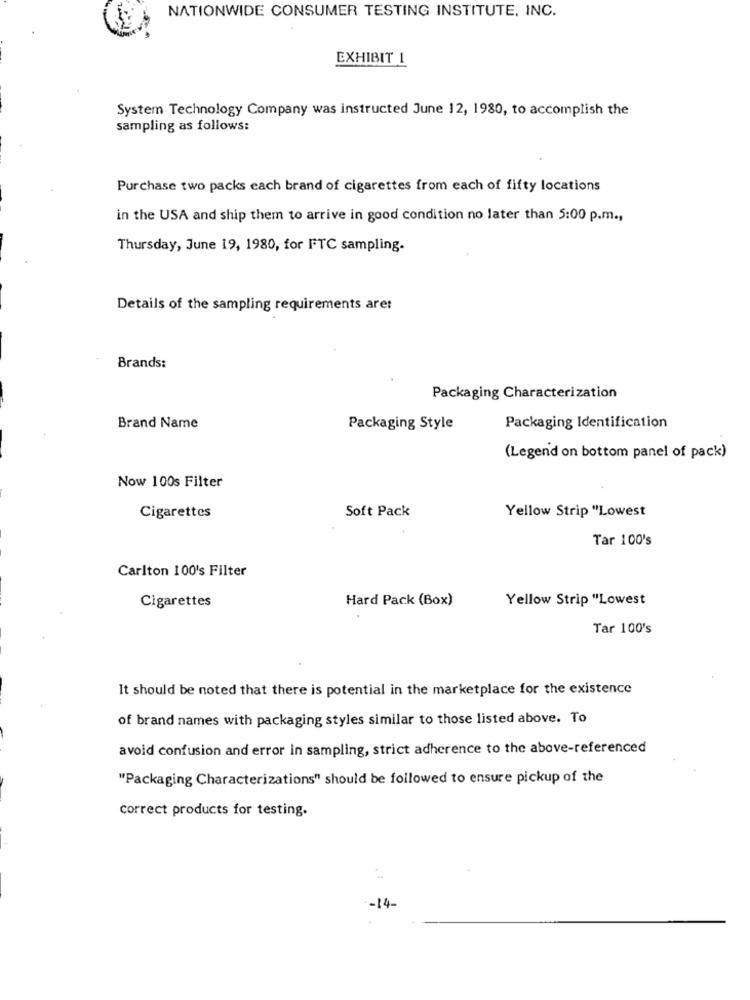
NATIONWIDE CONSUMER TESTING INSTITUTE, INC.
EXHIBIT 1
System Technology Company was instructed June 12, 1980, to accomplish the
sampling as follows:
Purchase two packs each brand of cigarettes from each of fifty locations
in the USA and ship them to arrive in good condition no later than 5:00 p.m .,
Thursday, June 19, 1980, for FTC sampling.
Details of the sampling requirements aret
Brands:
Packaging Characterization
Brand Name
Packaging Style
Packaging Identification
(Legend on bottom panel of pack)
Now 100s Filter
Soft Pack
Cigarettes
Yellow Strip "Lowest
Tar 100's
Carlton 100's Filter
Hard Pack (Box)
Yellow Strip "Lowest
Cigarettes
Tar 100's
It should be noted that there is potential in the marketplace for the existence
of brand names with packaging styles similar to those listed above. To
avoid confusion and error in sampling, strict adherence to the above-referenced
"Packaging Characterizations" should be followed to ensure pickup of the
correct products for testing.
-14-